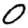
Digit: 0